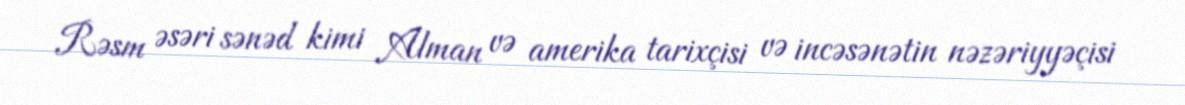
Rəsm əsəri sənəd kimi Alman və amerika tarixçisi və incəsənətin nəzəriyyəçisi